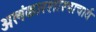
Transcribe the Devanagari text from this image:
अलंकारशास्त्राचार्य